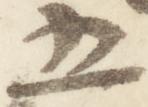
五